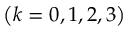
\left( { k = 0 , 1 , 2 , 3 } \right)